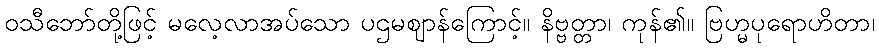
ဝသီဘော်တို့ဖြင့် မလေ့လာအပ်သော ပဌမဈာန်ကြောင့်။ နိဗ္ဗတ္တာ၊ ကုန်၏။ ဗြဟ္မပုရောဟိတာ၊